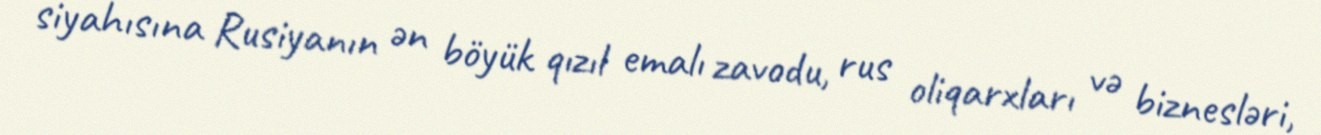
siyahısına Rusiyanın ən böyük qızıl emalı zavodu, rus oliqarxları və biznesləri,